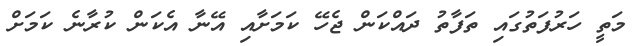
މަތީ ހަރުފަތުގައި ތަފާތު ދައްކަން ޖެހޭ ކަމަށާއި އޭނާ އެކަން ކުރާނެ ކަމަށް